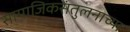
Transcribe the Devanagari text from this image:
सामाजिकसंतुलनाच्या